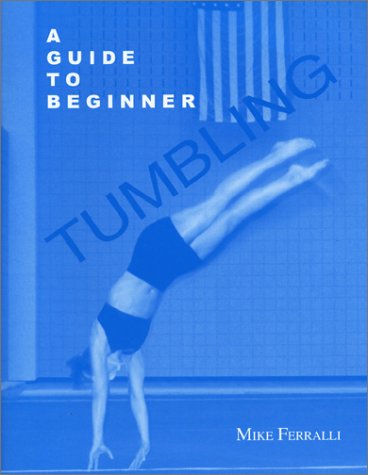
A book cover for A Guide to Beginner Tumbling; Mike Ferralli; Sports & Outdoors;